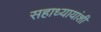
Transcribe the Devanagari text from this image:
सहाध्यायांशी